Vaccination in the Punjab 1919-1929 - 1919-1929
Year: 1919
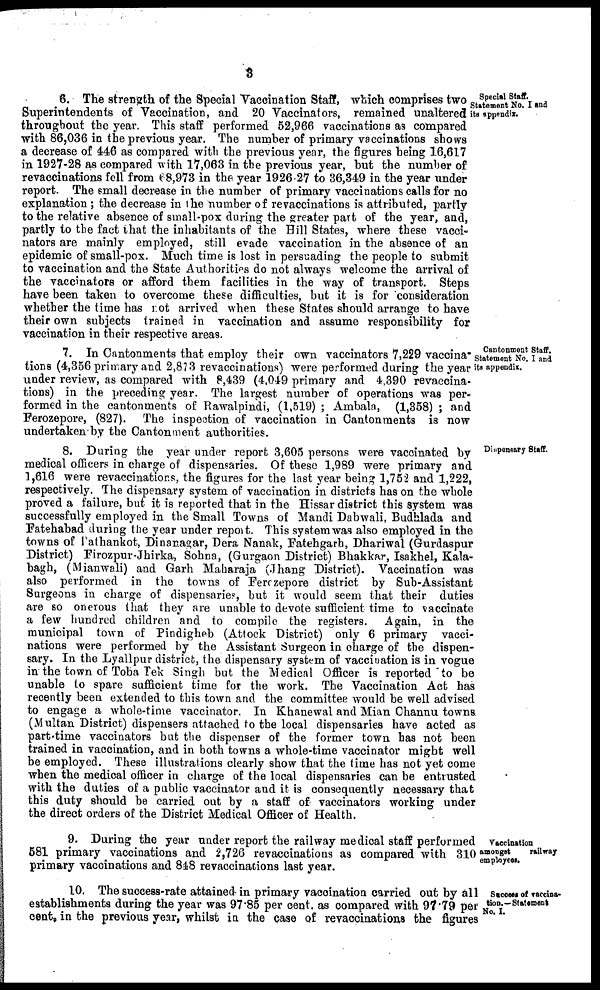
3
Special Staff.
Statement No. I and
its appendix.
6. The strength of the Special Vaccination Staff, which comprises two
Superintendents of Vaccination, and 20 Vaccinators, remained unaltered
throughout the year. This staff performed 52,966 vaccinations as compared
with 86,036 in the previous year. The number of primary vaccinations shows
a decrease of 446 as compared with the previous year, the figures being 16,617
in 1927-28 as compared with 17,063 in the previous year, but the number of
revaccinations fell from 68,973 in the year 1926 27 to 36,349 in the year under
report. The small decrease in the number of primary vaccinations calls for no
explanation; the decrease in he number of revaccinations is attributed, partly
to the relative absence of small-pox during the greater part of the year, and,
partly to the fact that the inhabitants of the Hill States, where these vacci¬
nators are mainly employed, still evade vaccination in the absence of an
epidemic of small-pox. Much time is lost in persuading the people to submit
to vaccination and the State Authorities do not always welcome the arrival of
the vaccinators or afford them facilities in the way of transport. Steps
have been taken to overcome these difficulties, but it is for consideration
whether the time has not arrived when these States should arrange to have
their own subjects trained in vaccination and assume responsibility for
vaccination in their respective areas.
Cantonment Staff.
Statement No. I and
its appendix.
7. In Cantonments that employ their own vaccinators 7,229 vaccina¬
tions (4,356 primary and 2,873 revaccinations) were performed during the year
under review, as compared with 8,439 (4,049 primary and 4,390 revaccina-
tions) in the preceding year. The largest number of operations was per-
formed in the cantonments of Rawalpindi, (1,519) ; Ambala, (1,358) ; and
Ferozepore, (827). The inspection of vaccination in Cantonments is now
undertaken by the Cantonment authorities.
Dispensary Staff.
8. During the year under report 3,605 persons were vaccinated by
medical officers in charge of dispensaries. Of these 1,989 were primary and
1,616 were revaccinations, the figures for the last year being 1,752 and 1,222,
respectively. The dispensary system of vaccination in districts has on the whole
proved a failure, but it is reported that in the Hissar district this system was
successfully employed in the Small Towns of Mandi Dabwali, Budhlada and
Fatehabad during the year under report. This system was also employed in the
towns of Pathankot, Dinanagar, Dera Nanak, Fatehgarh, Dhariwal (Gurdaspur
District) Firozpur-Jhirka, Sohna, (Gurgaon District) Bhakkar, Isakhel, Kala¬
bagh, (Mianwali) and Garh Maharaja (Jhang District). Vaccination was
also performed in the towns of Ferozepore district by Sub-Assistant
Surgeons in charge of dispensaries, but it would seem that their duties
are so onerous that they are unable to devote sufficient time to vaccinate
a few hundred children and to compile the registers. Again, in the
municipal town of Pindigheb (Attock District) only 6 primary vacci-
nations were performed by the Assistant Surgeon in charge of the dispen-
sary. In the Lyallpur district, the dispensary system of vaccination is in vogue
in the town of Toba Tek Singh but the Medical Officer is reported to be
unable to spare sufficient time for the work. The Vaccination Act has
recently been extended to this town and the committee would be well advised
to engage a whole-time vaccinator. In Khanewal and Mian Channu towns.
(Multan District) dispensers attached to the local dispensaries have acted as
part-time vaccinators but the dispenser of the former town has not been
trained in vaccination, and in both towns a whole-time vaccinator might well
be employed. These illustrations clearly show that the time has not yet come
when the medical officer in charge of the local dispensaries can be entrusted
with the duties of a public vaccinator and it is consequently necessary that
this duty should be carried out by a staff of vaccinators working under
the direct orders of the District Medical Officer of Health.
Vaccination
amongst
railway
employees.
9. During the year under report the railway medical staff performed
581 primary vaccinations and 2,726 revaccinations as compared with 310
primary vaccinations and 848 revaccinations last year.
Success of vaccina¬
tion.—Statement
No. I.
10. The success-rate attained in primary vaccination carried out by all
establishments during the year was 97.85 per cent. as compared with 97.79 per
cent. in the previous year, whilst in the case of revaccinations the figures